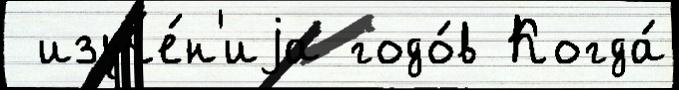
 изуче́н'иjа годо́в Когда́